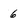
Character: 6